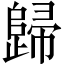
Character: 歸